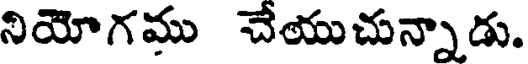
నియోగము చేయుచున్నాడు.